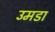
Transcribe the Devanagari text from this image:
उमडा